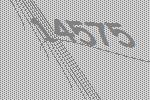
14575